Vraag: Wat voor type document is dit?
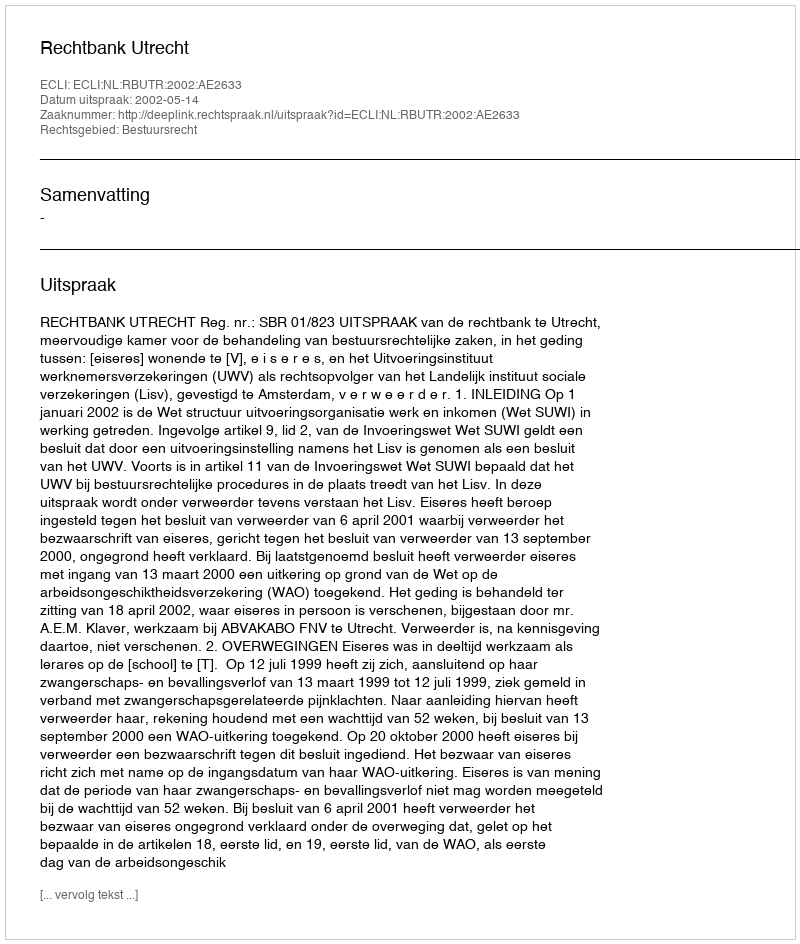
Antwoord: Uitspraak